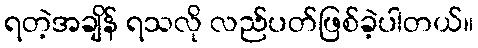
ရတဲ့အချိန် ရသလို လည်ပတ်ဖြစ်ခဲ့ပါတယ်။